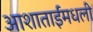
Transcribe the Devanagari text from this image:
आशाताईंमधली